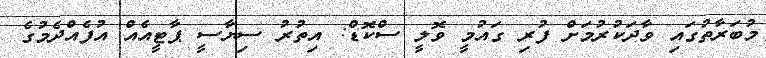
މުބަރާތުގައި ވާދަކުރުމަށް ފުރި ގައުމީ ވޮލީ ސްކޮޑް: އިތުރު ސިޔާސީ ޕާޓީއެއް އުފެއްދެމުގެ